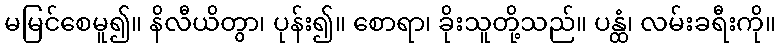
မမြင်စေမူ၍။ နိလီယိတွာ၊ ပုန်း၍။ စောရာ၊ ခိုးသူတို့သည်။ ပန္ထံ၊ လမ်းခရီးကို။